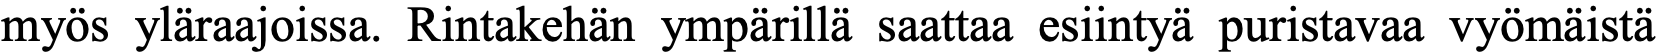
myös yläraajoissa. Rintakehän ympärillä saattaa esiintyä puristavaa vyömäistä